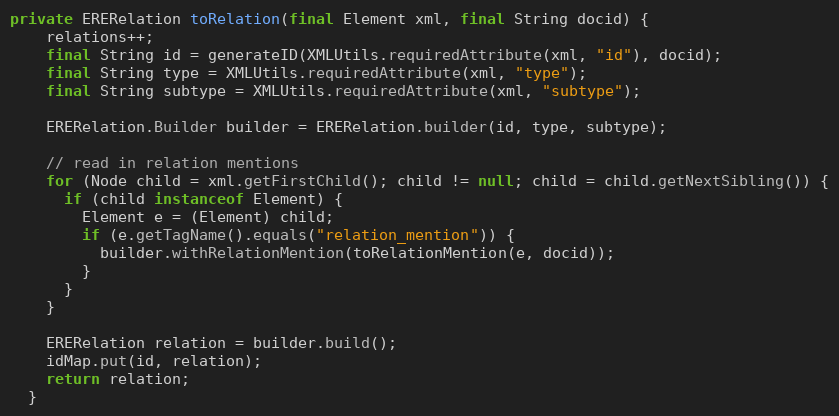
Language: Java
private ERERelation toRelation(final Element xml, final String docid) {
    relations++;
    final String id = generateID(XMLUtils.requiredAttribute(xml, "id"), docid);
    final String type = XMLUtils.requiredAttribute(xml, "type");
    final String subtype = XMLUtils.requiredAttribute(xml, "subtype");

    ERERelation.Builder builder = ERERelation.builder(id, type, subtype);

    // read in relation mentions
    for (Node child = xml.getFirstChild(); child != null; child = child.getNextSibling()) {
      if (child instanceof Element) {
        Element e = (Element) child;
        if (e.getTagName().equals("relation_mention")) {
          builder.withRelationMention(toRelationMention(e, docid));
        }
      }
    }

    ERERelation relation = builder.build();
    idMap.put(id, relation);
    return relation;
  }